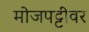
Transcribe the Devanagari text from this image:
मोजपट्टीवर